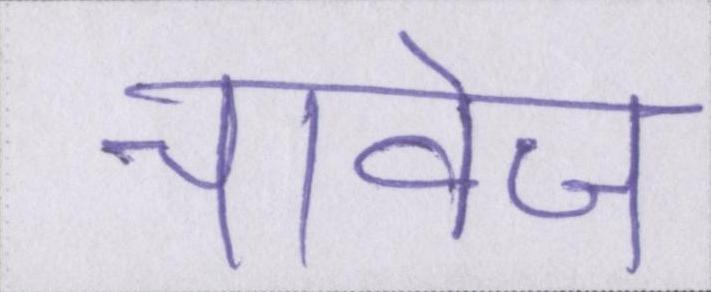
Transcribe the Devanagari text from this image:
चावेज